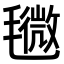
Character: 𣰒